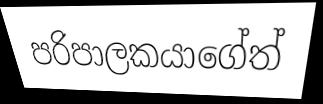
පරිපාලකයාගේත්